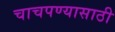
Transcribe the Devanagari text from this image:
चाचपण्यासाठी